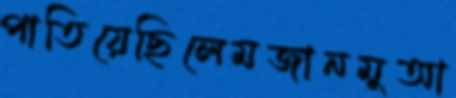
পাতিয়েছিলেমজানমুআ